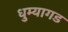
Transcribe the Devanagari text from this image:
धुम्यागड